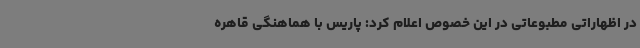
در اظهاراتی مطبوعاتی در این خصوص اعلام کرد: پاریس با هماهنگی قاهره